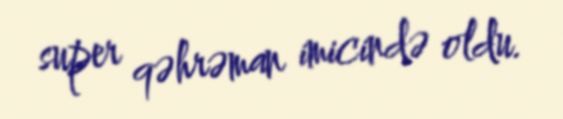
super qəhrəman imicində oldu.